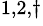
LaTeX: ^{1,2,\dagger}